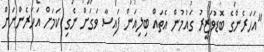
"އަހަރެންގެ ބޮޑުވަޒީރު ގައުމުން އެތައް ބިލިއަން ފައިސާ ވަގަށް ނެގި ކަމަށް އަހަރެންނަށް